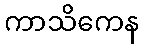
ကာသိကေန